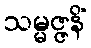
သမ္မဇ္ဇနိံ